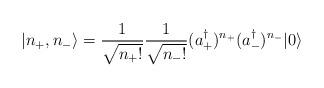
LaTeX: \begin{align*} |n_{+},n_{-}\rangle=\frac{1}{\sqrt{n_{+}!}}\frac{1}{\sqrt{n_{-}!}}(a_{+}^\dagger)^{n_{+}}(a_{-}^\dagger)^{n_{-}}|0\rangle\end{align*}